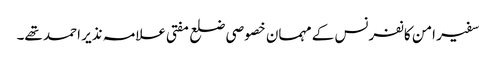
سفیر امن کانفرنس کے مہمان خصوصی ضلع مفتی علامہ نذیر احمد تھے۔